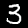
Label: 3